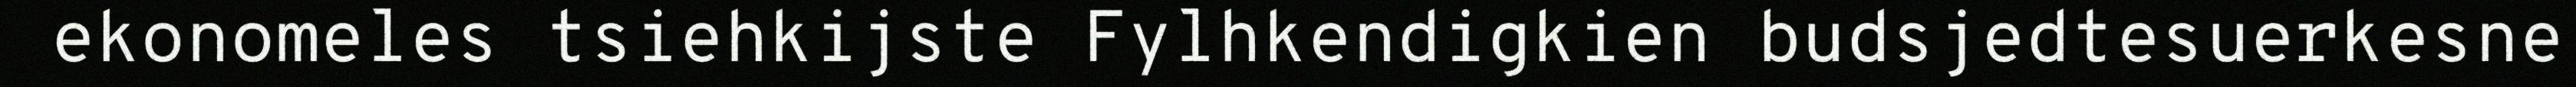
ekonomeles tsiehkijste Fylhkendigkien budsjedtesuerkesne